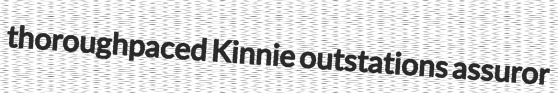
thoroughpaced Kinnie outstations assuror